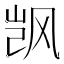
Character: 𬱼